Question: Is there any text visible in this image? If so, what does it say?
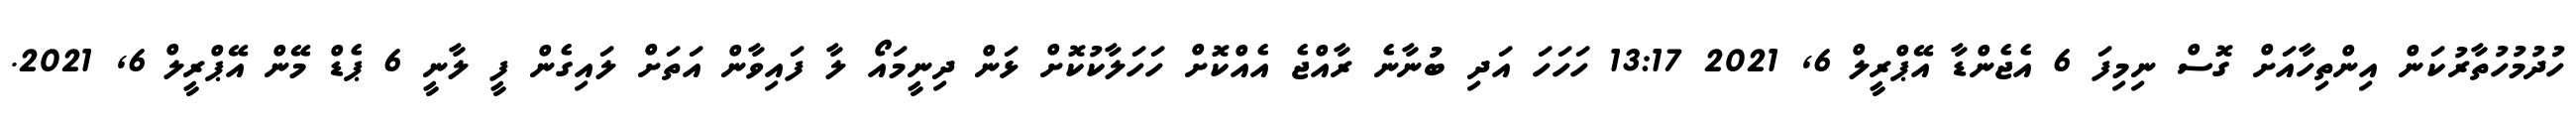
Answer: ހުދުމުހުތާރުކަން އިންތިހާއަށް ގޮސް ނިމިފަ 6 އެޖެންޑާ އޭޕްރީލް 6, 2021 13:17 ހަހަހަ އަދި ބުނާނެ ރާއްޖެ އެއްކޮށް ހަހަލާކުކޮށް ޅަން ދިނީމައޯ ލާ ފައިވާން އަތަށް ލައިގެން ފީ ލާނީ 6 ޕެޑް މޭން އޭޕްރީލް 6, 2021.